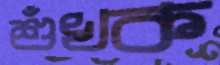
শুঁখক